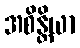
အစိန္တိယာ